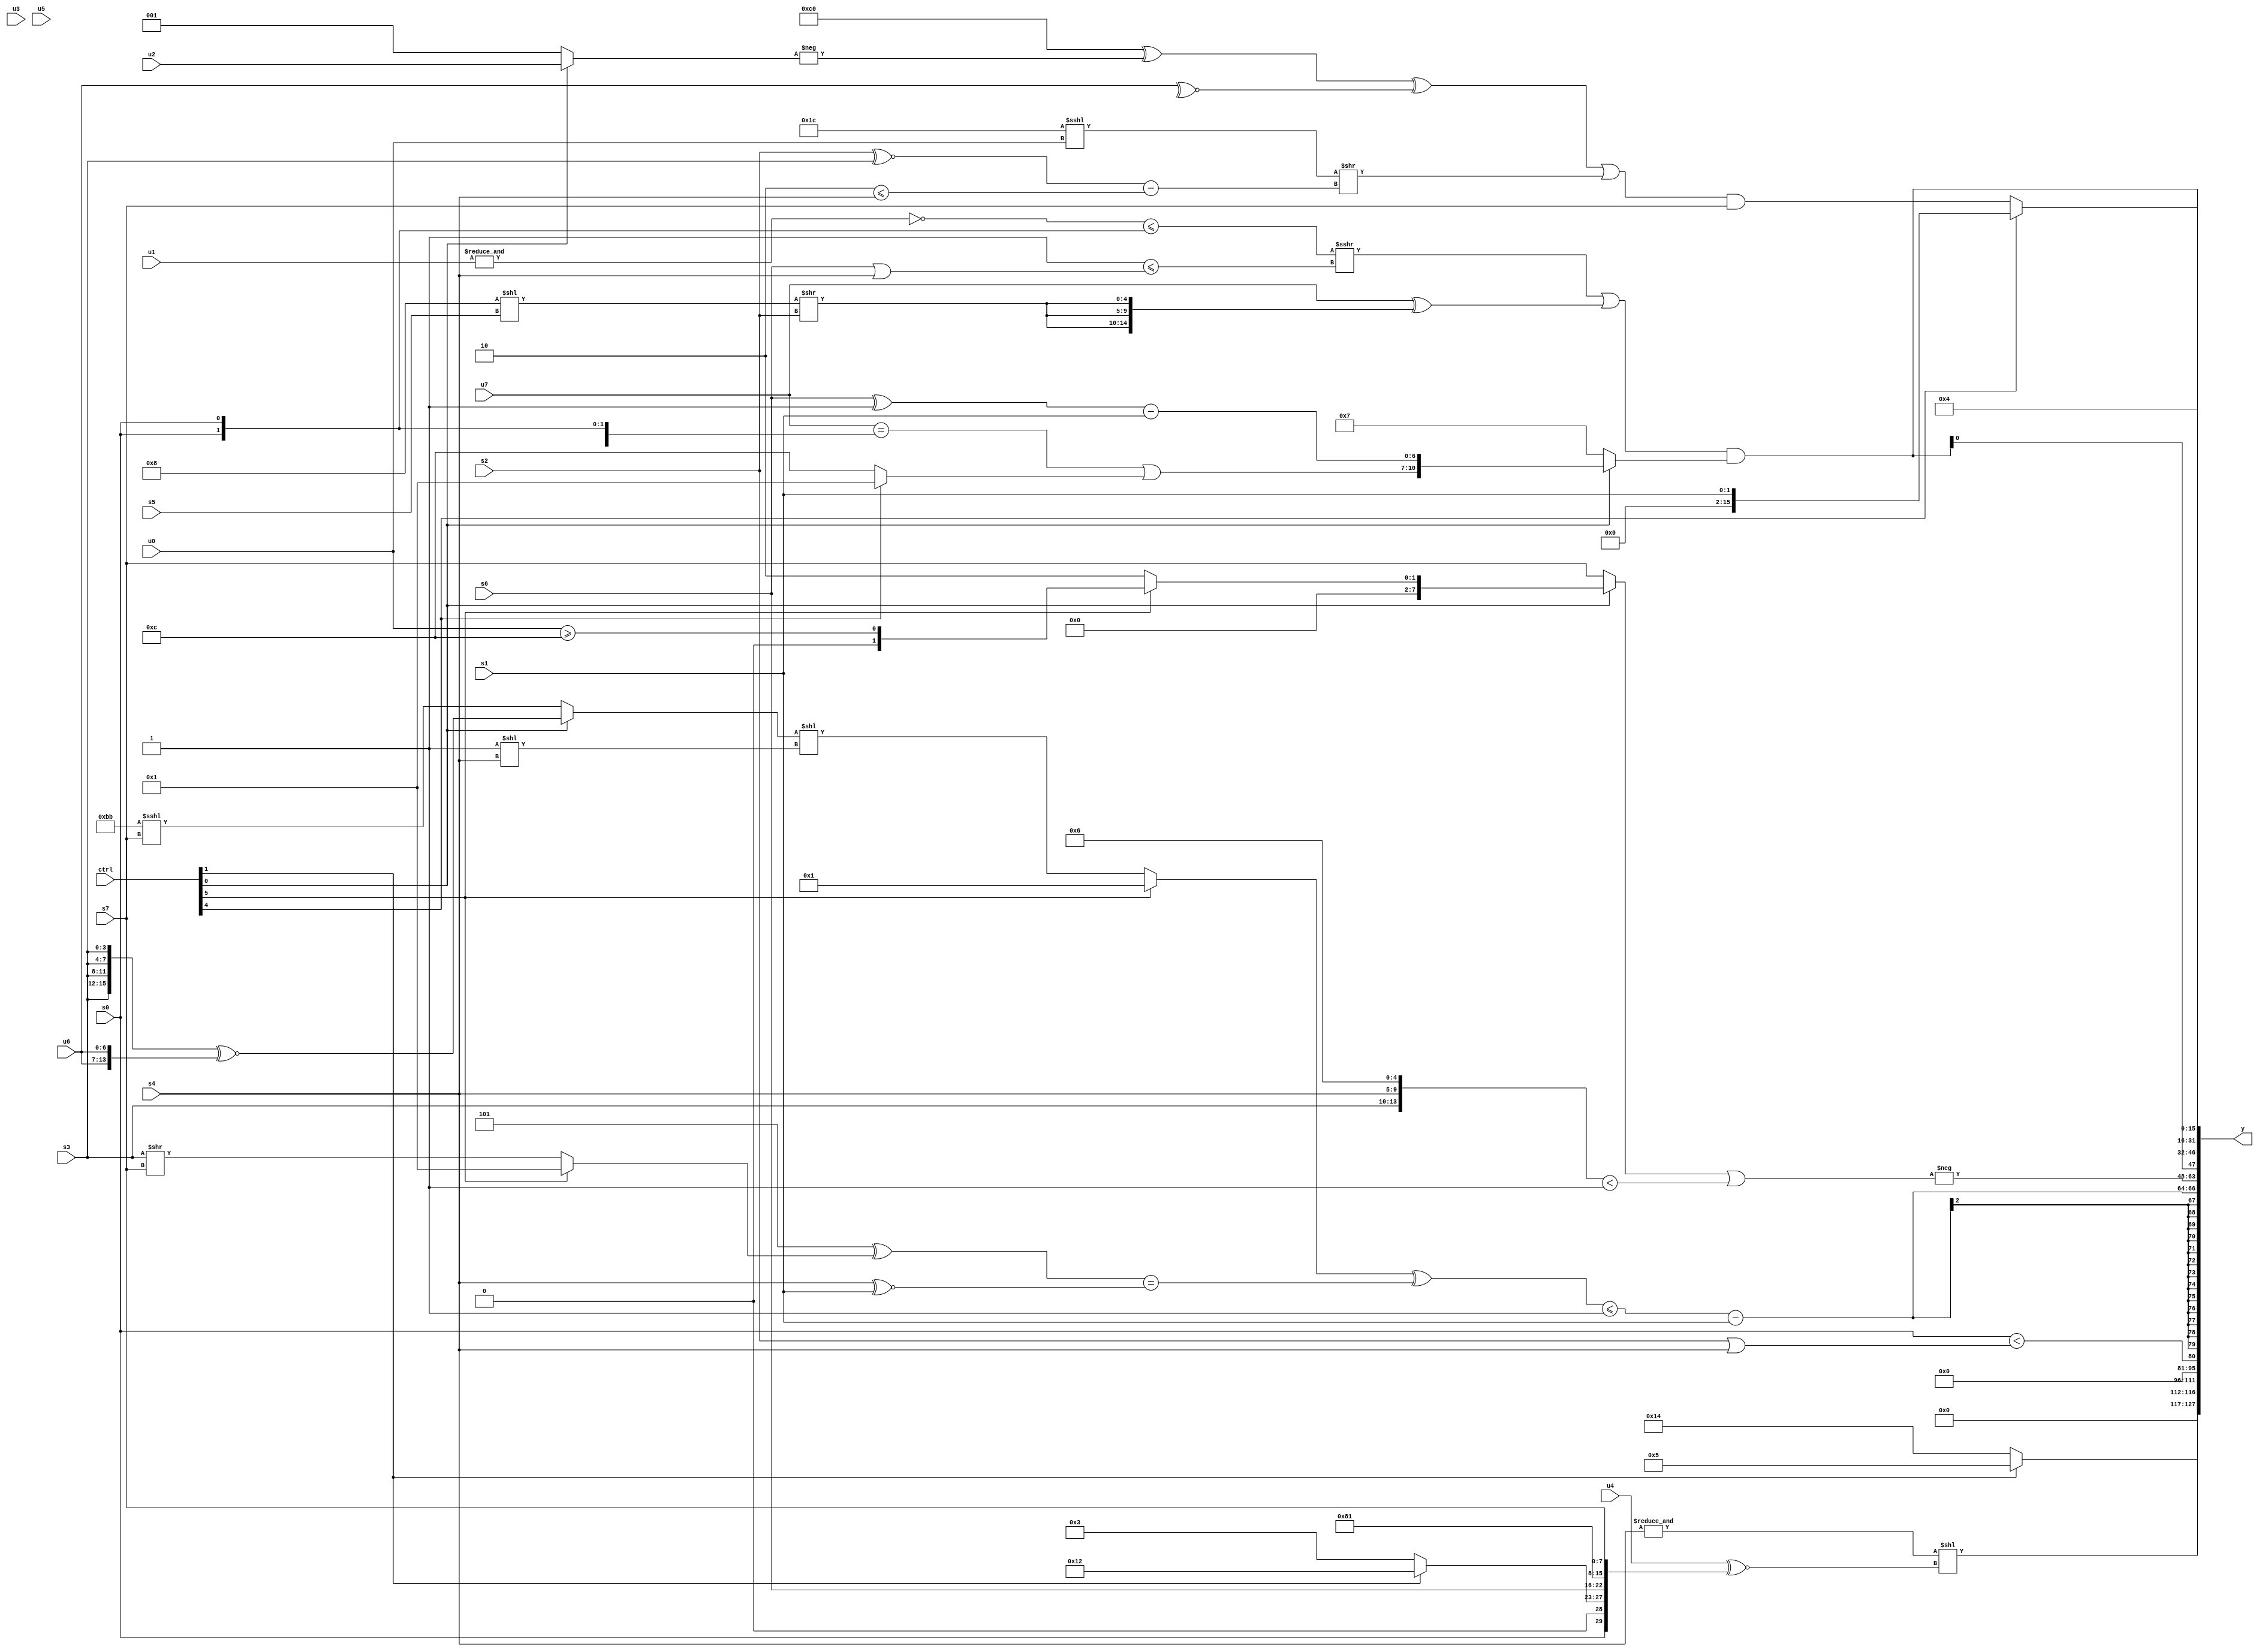
module wideexpr_00216(ctrl, u0, u1, u2, u3, u4, u5, u6, u7, s0, s1, s2, s3, s4, s5, s6, s7, y);
  input [7:0] ctrl;
  input [0:0] u0;
  input [1:0] u1;
  input [2:0] u2;
  input [3:0] u3;
  input [4:0] u4;
  input [5:0] u5;
  input [6:0] u6;
  input [7:0] u7;
  input signed [0:0] s0;
  input signed [1:0] s1;
  input signed [2:0] s2;
  input signed [3:0] s3;
  input signed [4:0] s4;
  input signed [5:0] s5;
  input signed [6:0] s6;
  input signed [7:0] s7;
  output [127:0] y;
  wire [15:0] y0;
  wire [15:0] y1;
  wire [15:0] y2;
  wire [15:0] y3;
  wire [15:0] y4;
  wire [15:0] y5;
  wire [15:0] y6;
  wire [15:0] y7;
  assign y = {y0,y1,y2,y3,y4,y5,y6,y7};
  assign y0 = (ctrl[1]?{2{+(2'b01)}}:6'b010100);
  assign y1 = (&(+(+(s4))))<<((u4)^~({s0,(ctrl[1]?{2{3'sb010}}:(2'sb11)&(5'sb01011)),{$signed(s6),2'sb10,(6'sb001101)>>(2'sb11)},s7}));
  assign y2 = (s0)<((s2)|(s4));
  assign y3 = ((((ctrl[5]?3'sb001:((ctrl[0]?({4{s3}})^~({2{u6}}):({2{4'b1011}})<<<(s7)))<<((1'sb1)<<(s4))))^((({1{4'b0101}})^((ctrl[5]?({3'sb110,2'b00})!=(5'b00111):$signed((s3)>>(s7)))))==($signed($signed((+(s4))^~(s1))))))<=(^(+((5'b10100)+({6'sb001111})))))-(s1);
  assign y4 = -(((ctrl[0]?(ctrl[5]?(u0)>=(4'sb1100):2'sb10):s7))|(({{2'sb00,s3},$signed(s4),+(5'sb00110)})<((s6)==(s6))));
  assign y5 = {3{((((~&($signed(u1)))<=({2{s0}}))>>>($signed((2'sb11)<=((s6)|(s4)))))|(($unsigned(u7))^({3{((5'sb11000)<<(s5))>>({1'sb0,s2})}})))&((ctrl[0]?{(($signed(u7))==((s0)>>(2'sb11)))|((ctrl[4]?2'sb01:$unsigned(4'sb1100))),(($signed(s6))^($signed(2'sb11)))-(s1)}:5'sb00111))}};
  assign y6 = 5'sb00100;
  assign y7 = (ctrl[4]?s1:((((($signed(4'b0110))<<(-(6'b111011)))^(-((ctrl[0]?u2:1'b1))))^(+(~^(u6))))|(((5'sb11100)<<<(u0))>>($unsigned(((s2)^~(s3))-((2'sb10)<=(s4))))))&(s7));
endmodule